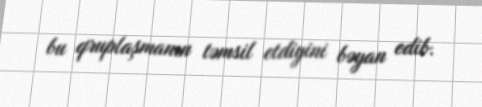
bu qruplaşmanın təmsil etdiyini bəyan edib.